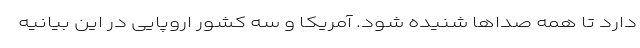
دارد تا همه صداها شنیده شود. آمریکا و سه کشور اروپایی در این بیانیه